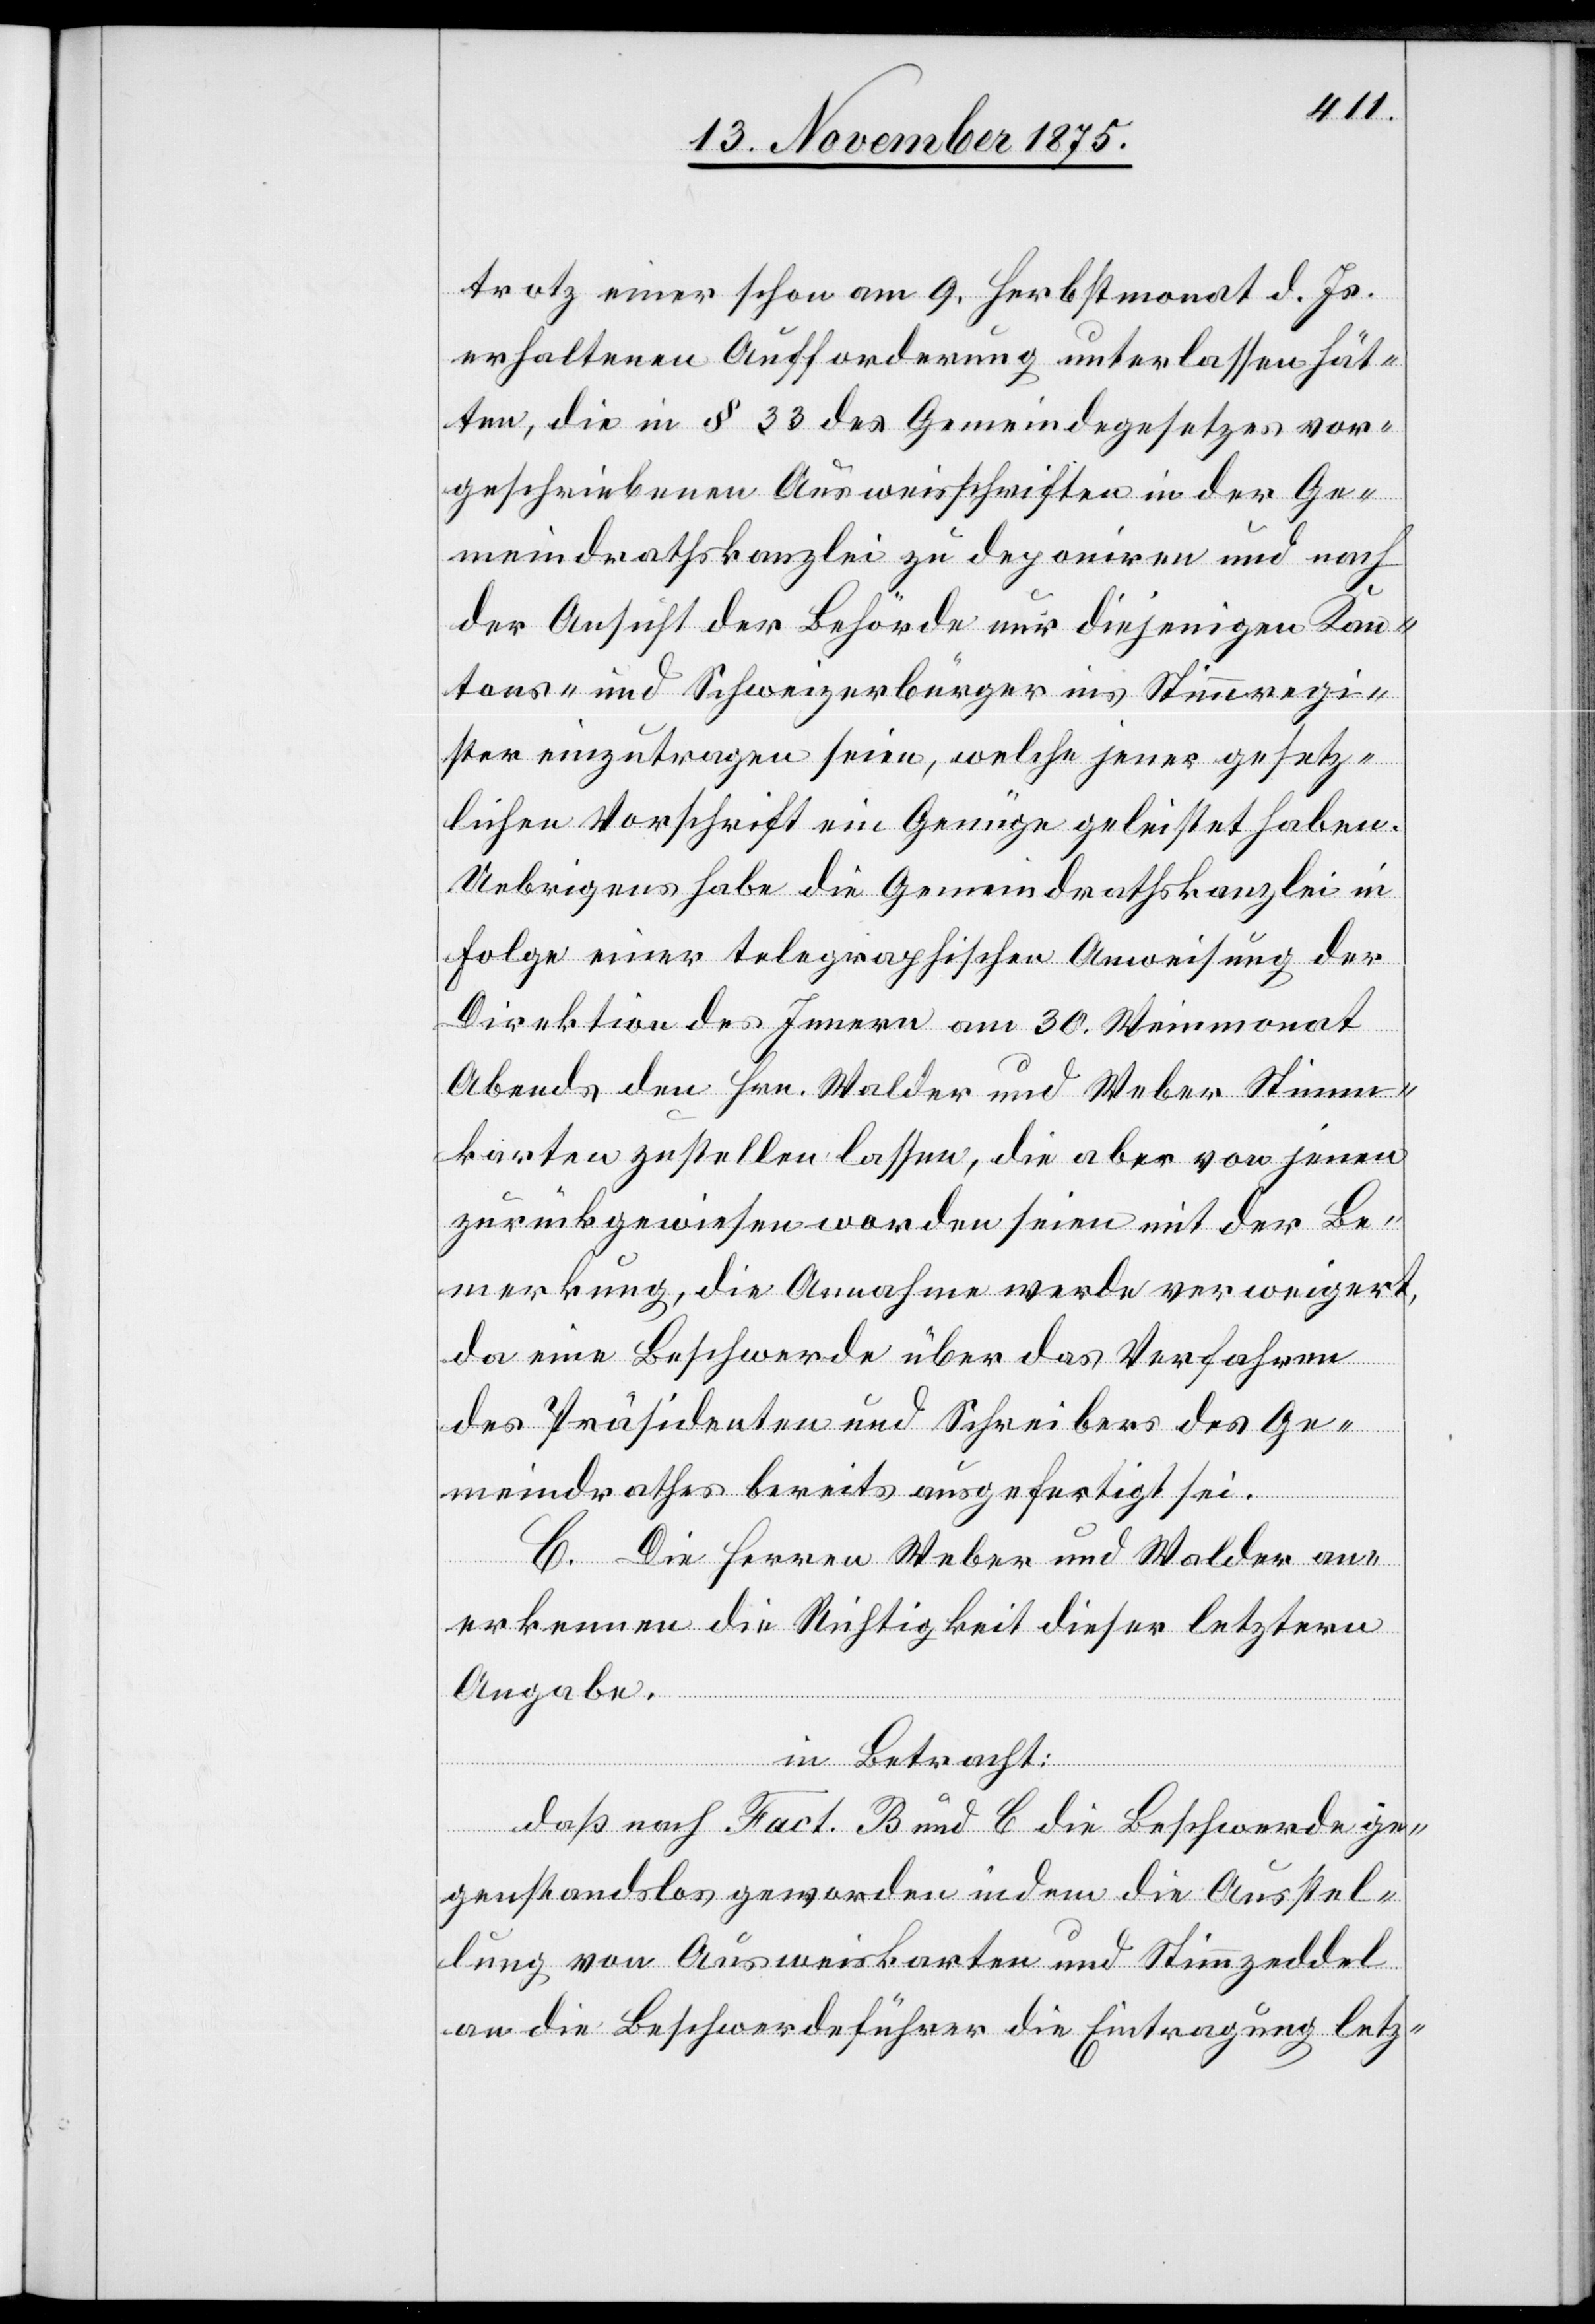
trotz einer schon am 9. Herbstmonat d. Js.
erhaltenen Aufforderung unterlassen hät¬
ten, die in § 33 des Gemeindegesetzes vor¬
geschriebenen Ausweisschriften in der Ge¬
meindrathskanzlei zu deponiren und nach
der Ansicht der Behörde nur diejenigen Kan¬
tons- und Schweizerbürger ins Stimmregi¬
ster einzutragen seien, welche jener gesetz¬
lichen Vorschrift ein Genüge geleistet haben.
Uebrigens habe die Gemeindrathskanzlei in
Folge einer telegraphischen Anweisung der
Direktion des Innern am 30. Weinmonat
Abends den Hrn. Walder und Weber Stimm¬
karten zustellen lassen, die aber von jenen
zurückgewiesen worden seien mit der Be¬
merkung, die Annahme werde verweigert,
da eine Beschwerde über das Verfahren
des Präsidenten und Schreibers des Ge¬
meindrathes bereits ausgefertigt sei.
C. Die Herren Weber und Walder an¬
erkennen die Richtigkeit dieser letztern
Angabe.
in Betracht:
daß nach Fact. B und C die Beschwerde ge¬
genstandslos geworden indem die Ausstel¬
lung von Ausweiskarten und Stimmzeddel
an die Beschwerdeführer die Eintragung letz-